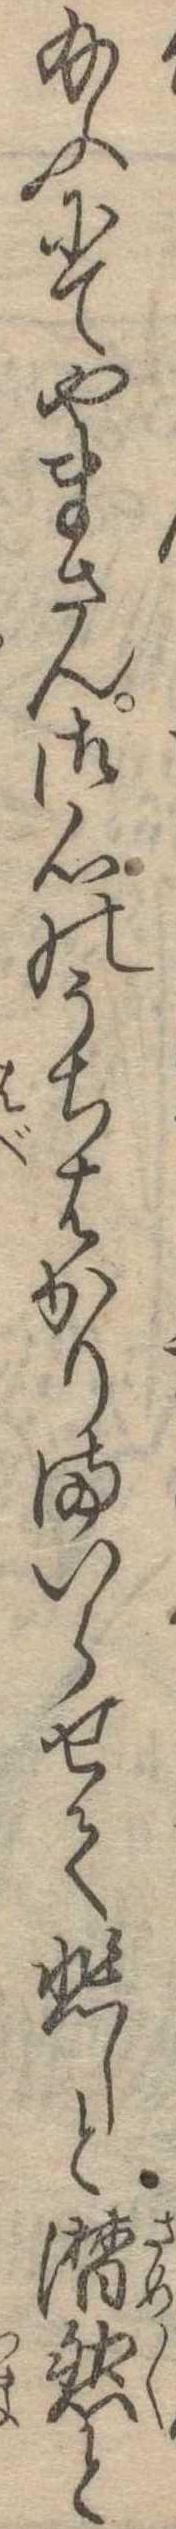
給ふにてやまさん御心のうちはかりまいらせて悲しと潜然と